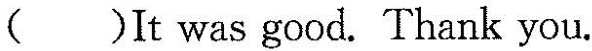
（)It was good.Thank you.